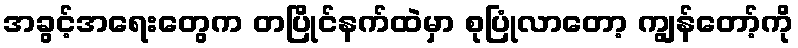
အခွင့်အရေးတွေက တပြိုင်နက်ထဲမှာ စုပြုံလာတော့ ကျွန်တော့်ကို